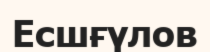
Есшғүлов